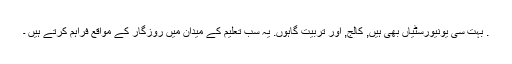
. بہت سی یونیورسٹیاں بھی ہیں, کالج, اور تربیت گاہوں. یہ سب تعلیم کے میدان میں روزگار کے مواقع فراہم کرتے ہیں ۔